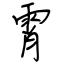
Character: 霄